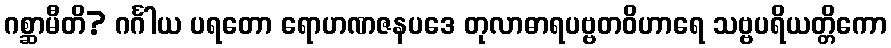
ဂစ္ဆာမီတိ? ဂင်္ဂါယ ပရတော ရောဟဏဇနပဒေ တုလာဓာရပဗ္ဗတဝိဟာရေ သဗ္ဗပရိယတ္တိကော